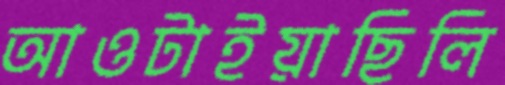
আওটাইয়াছিলি